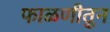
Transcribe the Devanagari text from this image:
फाळणीतुन